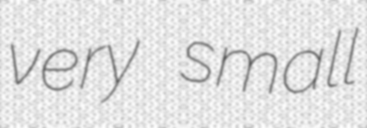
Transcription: very small